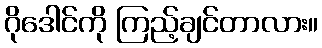
ဂိုဒေါင်ကို ကြည့်ချင်တာလား။